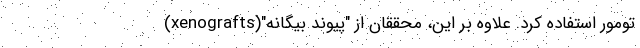
تومور استفاده کرد. علاوه بر این، محققان از "پیوند بیگانه"(xenografts)‌